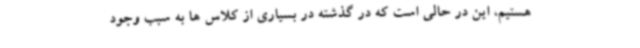
هستیم، این در حالی است که در گذشته در بسیاری از کلاس ها به سبب وجود